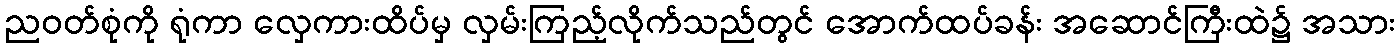
ညဝတ်စုံကို ရုံကာ လှေကားထိပ်မှ လှမ်းကြည့်လိုက်သည်တွင် အောက်ထပ်ခန်း အဆောင်ကြီးထဲ၌ အသား